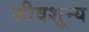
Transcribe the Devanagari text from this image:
जीवशून्य